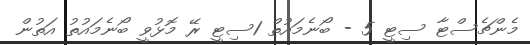
މެންޗެސްޓާ ސިޓީ 5 - ބޯނެމައުތް 1ސިޓީ ރޭ މޮޅުވީ ބޯނެމައުތު އަތުން